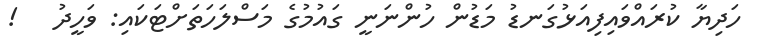
ހަދިޔާ ކުރައްވައިފިއަޅުގަނޑު މަޑުން ހުންނަނީ ގައުމުގެ މަސްލަހަތަށްޓަކައި: ވަހީދު   !